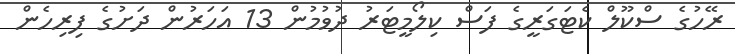
ރޭހުގެ ސްކޫލް ކެޓަގަރީގެ ފަސް ކިލޯމީޓަރު ދުވުމުން 13 އަހަރުން ދަށުގެ ފިރިހެން